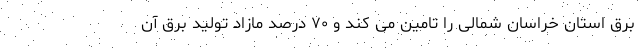
برق استان خراسان شمالی را تامین می کند و ۷۰ درصد مازاد تولید برق آن